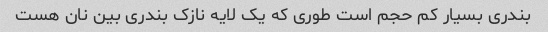
بندری بسیار کم حجم است طوری که یک لایه نازک بندری بین نان هست